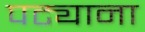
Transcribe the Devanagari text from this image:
पट्याना